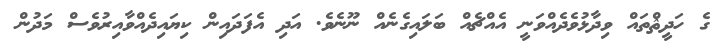
ގެ ހަދީޘްތައް ވިދާޅުވެދެއްވަނީ އެއްޗެއް ބަލައިގެނެއް ނޫނެވެ. އަދި އެފަދައިން ކިޔައިދެއްވާއިރުވެސް މަދުން